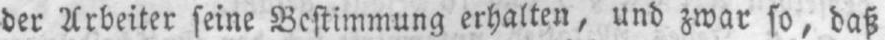
der Arbeiter seine Bestimmung erhalten, und zwar so, daß